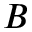
B